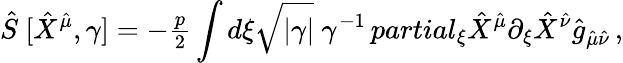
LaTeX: \hat{S}\ [\hat{X}^{\hat{\mu}},\gamma]=-{\textstyle\frac{p}{2}}\int d\xi\sqrt{|\gamma|}\ \gamma^{-1}\, partial_{\xi}\hat{X}^{\hat{\mu}}\partial_{\xi}\hat{X}^{\hat{\nu}}\hat{g}_{\hat{\mu}\hat{\nu}}\, ,